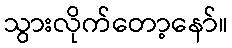
သွားလိုက်တော့နော်။